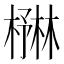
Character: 𪳻